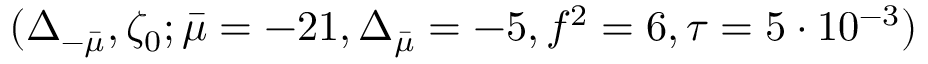
( \Delta _ { - \bar { \mu } } , \zeta _ { 0 } ; \bar { \mu } = - 2 1 , \Delta _ { \bar { \mu } } = - 5 , f ^ { 2 } = 6 , \tau = 5 \cdot 1 0 ^ { - 3 } )